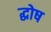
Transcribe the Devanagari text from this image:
द्घोष